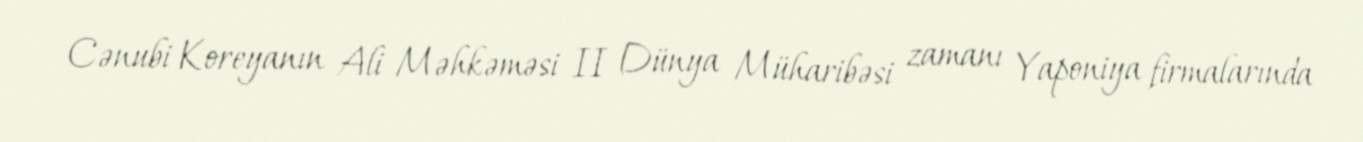
Cənubi Koreyanın Ali Məhkəməsi II Dünya Müharibəsi zamanı Yaponiya firmalarında